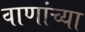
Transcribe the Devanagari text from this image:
वाणांच्या